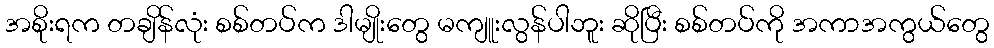
အစိုးရက တချိန်လုံး စစ်တပ်က ဒါမျိုးတွေ မကျူးလွန်ပါဘူး ဆိုပြီး စစ်တပ်ကို အကာအကွယ်တွေ